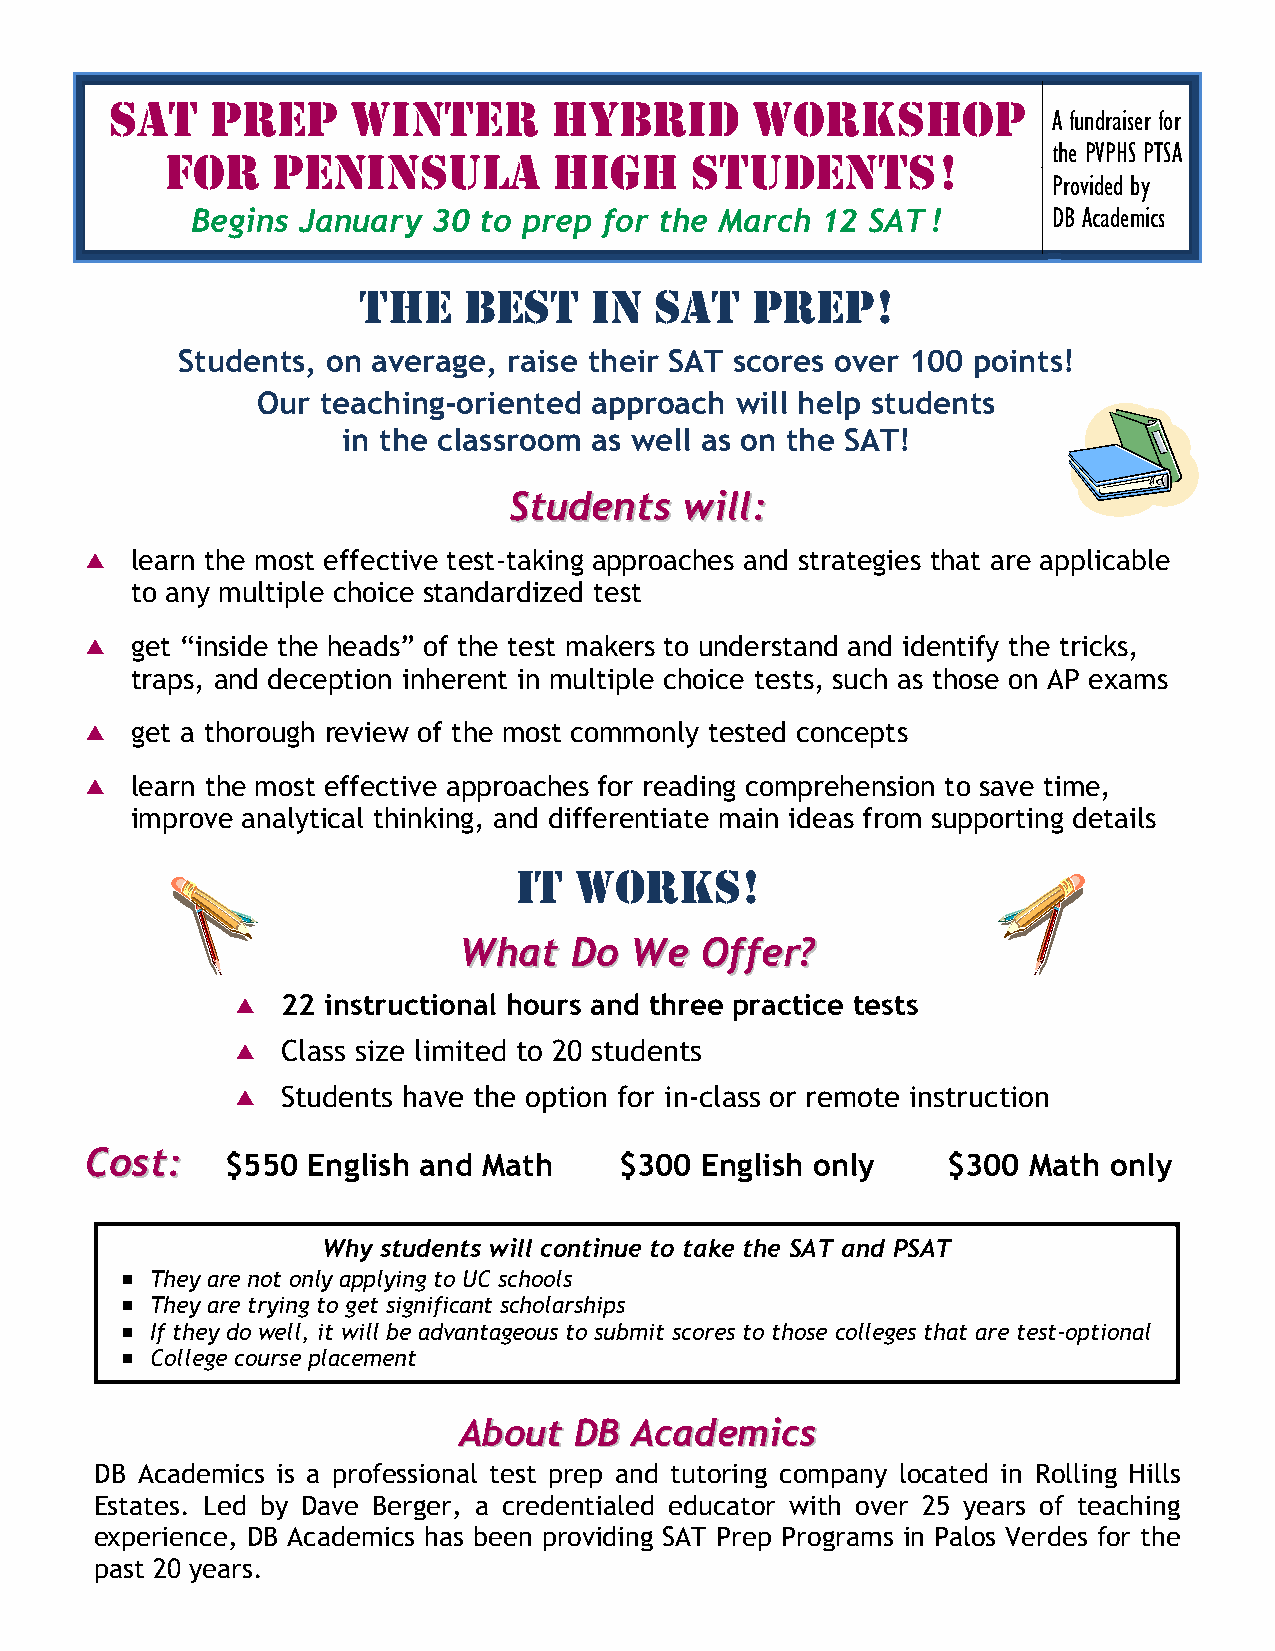
SAT    PREP     WINTER       hybRId        WORKShOP
 A fundraiser for
 fOR    PENINSULA          hIGh     STUdENTS!
 the PVPHS PTSA
 Provided by
 Begins January  30 to prep for the March 12 SAT!         DB Academics
 ThE    bEST    IN  SAT    PREP!
 Students, on average, raise their SAT scores over 100 points!
 Our teaching-oriented approach  will help students
 in the classroom as well as on the SAT!
 SSttuuddeennttss wwiillll::
   learn the most effective test-taking approaches and strategies that are applicable
 to any multiple choice standardized test
   get “inside the heads” of the test makers to understand and identify the tricks,
 traps, and deception inherent in multiple choice tests, such as those on AP exams
   get a thorough review of the most commonly tested concepts
   learn the most effective approaches for reading comprehension to save time,
 improve analytical thinking, and differentiate main ideas from supporting details
 IT  WORKS!
 WWhhaatt DDoo WWee OOffffeerr??
   22 instructional hours and three practice tests
   Class size limited to 20 students
   Students have the option for in-class or remote instruction
 CCoosstt:: $550 English and Math   $300 English only     $300 Math only
 Why students will continue to take the SAT and PSAT
  They are not only applying to UC schools
  They are trying to get significant scholarships
  If they do well, it will be advantageous to submit scores to those colleges that are test-optional
  College course placement
 AAbboouutt DDBB AAccaaddeemmiiccss
 DB Academics is a professional test prep and tutoring company located in Rolling Hills
 Estates. Led by Dave Berger, a credentialed educator with over 25 years of teaching
 experience, DB Academics has been providing SAT Prep Programs in Palos Verdes for the
 past 20 years.